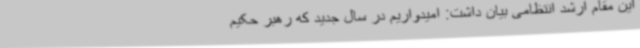
این مقام ارشد انتظامی بیان داشت: امیدواریم در سال جدید که رهبر حکیم